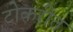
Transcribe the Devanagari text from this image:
टोकरीत